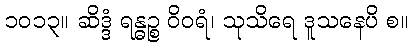
၁၀၁၃။ ဆိဒ္ဒံ ရန္ဓဉ္စ ဝိဝရံ၊ သုသိရေ ဒူသနေပိ စ။